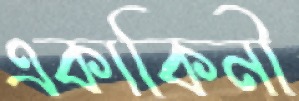
একাকিনী